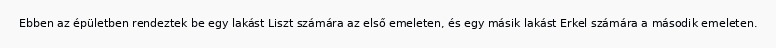
Ebben az épületben rendeztek be egy lakást Liszt számára az első emeleten, és egy másik lakást Erkel számára a második emeleten.